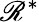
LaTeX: \mathscr{R}^{*}